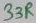
Text: 33R